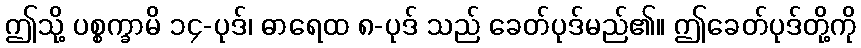
ဤသို့ ပစ္စက္ခာမိ ၁၄-ပုဒ်၊ ဓာရေထ ၈-ပုဒ် သည် ခေတ်ပုဒ်မည်၏။ ဤခေတ်ပုဒ်တို့ကို